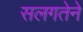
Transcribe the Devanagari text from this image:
सलगतेने